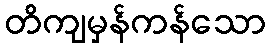
တိကျမှန်ကန်သော